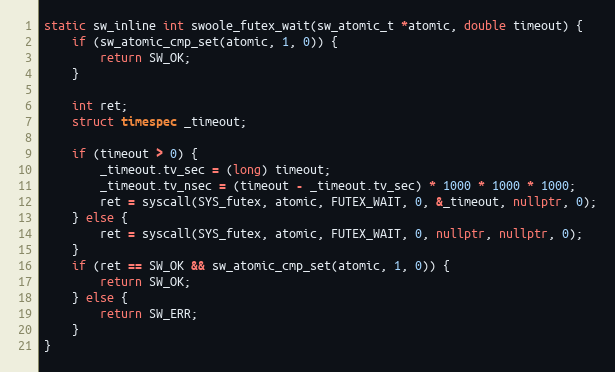
Language: C++
static sw_inline int swoole_futex_wait(sw_atomic_t *atomic, double timeout) {
    if (sw_atomic_cmp_set(atomic, 1, 0)) {
        return SW_OK;
    }

    int ret;
    struct timespec _timeout;

    if (timeout > 0) {
        _timeout.tv_sec = (long) timeout;
        _timeout.tv_nsec = (timeout - _timeout.tv_sec) * 1000 * 1000 * 1000;
        ret = syscall(SYS_futex, atomic, FUTEX_WAIT, 0, &_timeout, nullptr, 0);
    } else {
        ret = syscall(SYS_futex, atomic, FUTEX_WAIT, 0, nullptr, nullptr, 0);
    }
    if (ret == SW_OK && sw_atomic_cmp_set(atomic, 1, 0)) {
        return SW_OK;
    } else {
        return SW_ERR;
    }
}